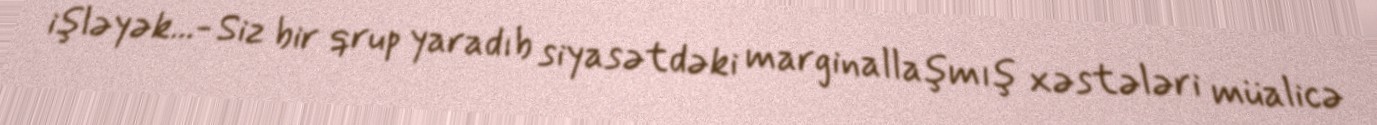
işləyək...- Siz bir qrup yaradıb siyasətdəki marginallaşmış xəstələri müalicə